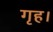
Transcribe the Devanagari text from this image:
गृह।